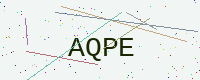
Text: AQPE